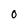
Character: O